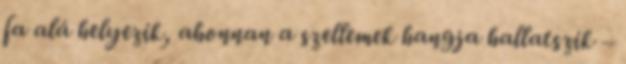
fa alá helyezik, ahonnan a szellemek hangja hallatszik –